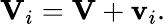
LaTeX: \mathbf{V}_{i}=\mathbf{V}+\mathbf{v}_{i}.